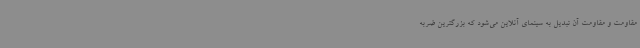
مقاومت و مقاومت آن تبدیل به سینمای آنلاین می‌شود که بزرگترین ضربه